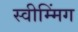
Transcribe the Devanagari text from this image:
स्वीम्मिंग